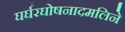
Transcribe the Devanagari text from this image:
घर्घरघोषनादमलिने